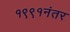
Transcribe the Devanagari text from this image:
१९९१नंतर